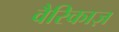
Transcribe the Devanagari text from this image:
वैरिकाज़